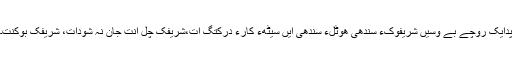
پدایک روچے بے وسیں شریفوکءَ سندھی ھوٹلءِ سِندھی ایں سیٹھءَ کارءَ درکتگ اَت،شریفک چِلّ اِنت جان نہ شوداِت، شریفک بُوکنت۔